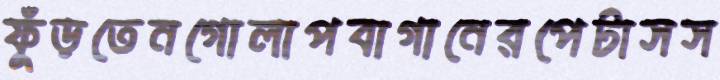
ফুঁড়তেনগোলাপবাগানেরপেটাসস